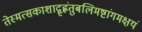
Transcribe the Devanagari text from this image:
तेस्मत्सकाशाद्गृह्णंतुबलिमष्टांगमक्षयं